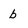
Character: b